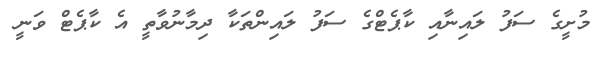
މުށީގެ ސަފު ލައިނާއި ކާޕެޓްގެ ސަފު ލައިންތަކާ ދިމާނުވާތީ އެ ކާޕެޓް ވަނީ